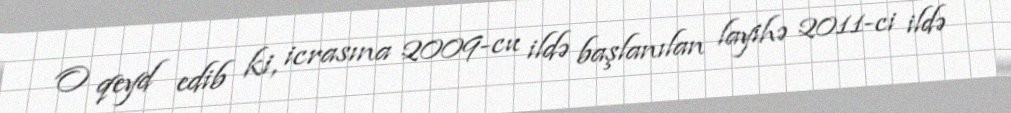
O qeyd edib ki, icrasına 2009-cu ildə başlanılan layihə 2011-ci ildə